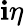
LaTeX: \mathbf{i}\eta